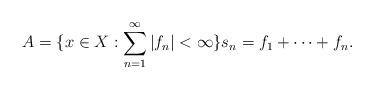
LaTeX: \begin{align*}A = \{ x\in X : \sum_{n=1}^{\infty}|f_n| < \infty \} s_n = f_1 +\cdots + f_n. \end{align*}